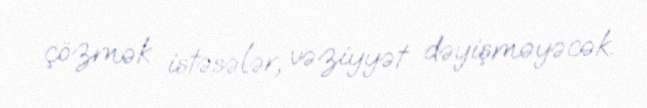
çözmək istəsələr, vəziyyət dəyişməyəcək.